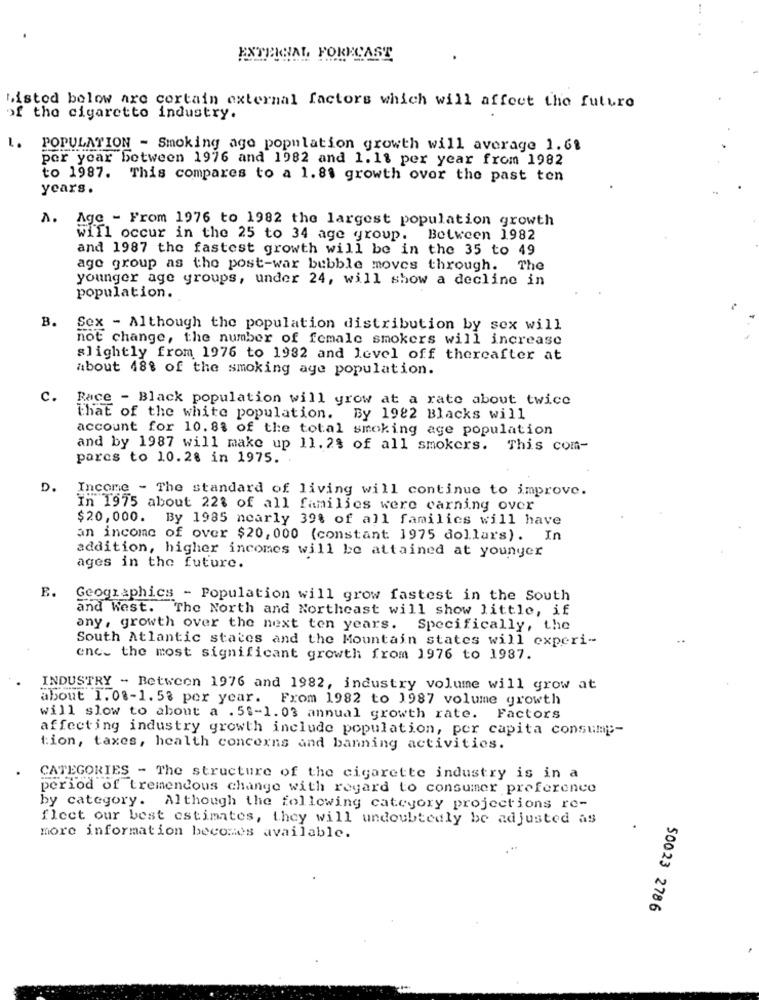
EXTERNAL FORECAST
Listed below are certain external factors which will affect the future
of the cigaretto industry.
L.
POPULATION - Smoking ago population growth will average 1.61
per year between 1976 and 1982 and 1.11 per year from 1982
to 1987. This compares to a 1.81 growth over the past ten
years.
.
Age - From 1976 to 1982 the largest population growth
will occur in the 25 to 34 age group. Between 1982
and 1987 the fastest growth will be in the 35 to 49
age group as the post-war bubble moves through. The
younger age groups, under 24, will show a decline in
population.
B. Sex - Although the population distribution by sex will
not change, the number of female smokers will increase
slightly from 1976 to 1982 and level off thereafter at
about 488 of the smoking age population.
c.
Race - Black population will grow at a rate about twice
that of the white population. By 1982 Blacks will
account for 10.8% of the total smoking age population
and by 1987 will make up 11. 2% of all smokers. This com-
parcs to 10.28 in 1975.
D.
Income - The standard of living will continue to improve.
In 1975 about 22% of all families were carning over
$20,000. By 1985 nearly 39% of all families will have
an income of over $20,000 (constant 1975 dollars). In
addition, higher incomes will be attained at younger
ages in the future.
E.
Geographics - Population will grow fastest in the South
and West. The North and Northeast will show little, if
any, growth over the next ten years. Specifically, the
South Atlantic states and the Mountain states will experi-
enc. the most significant growth from 1976 to 1987.
INDUSTRY - Between 1976 and 1982, industry volume will grow at
about 1.08-1.58 per year. From 1982 to 1987 volume growth
will slow to about a . 5 .- 1. 03 annual growth rate. Factors
affecting industry growth include population, per capita consump :-
tion, taxes, health concerns and banning activities.
CATEGORIES - The structure of the cigarette industry is in a
period of tremendous change with regard to consumer preference
by category. Although the following category projections re-
fleet our best estimates, they will undoubtedly be adjusted as
more information becomes available.
50023 2786